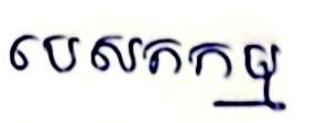
បេសកកម្ម